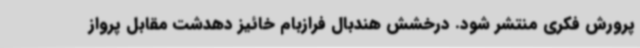
پرورش فکری منتشر شود. درخشش هندبال فرازبام خائیز دهدشت مقابل پرواز